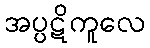
အပ္ပဋိကူလေ